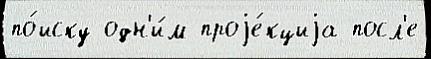
по́иску одн'и́м проjе́кциjа посл'е